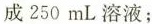
成 250 mL 溶液；